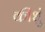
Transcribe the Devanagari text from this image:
कीधुं